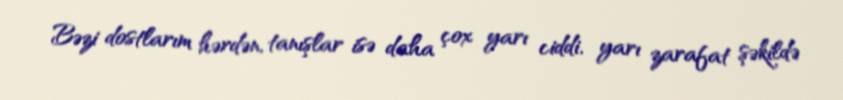
Bəzi dostlarım hərdən, tanışlar isə daha çox yarı ciddi, yarı zarafat şəkildə